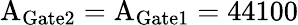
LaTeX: \mathrm{A_{Gate2}=A_{Gate1}=44100}